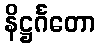
နိဋ္ဌင်္ဂတော